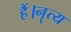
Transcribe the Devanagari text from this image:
हैं।नॄत्य